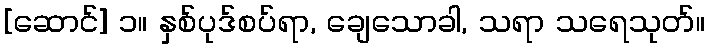
[ဆောင်] ၁။ နှစ်ပုဒ်စပ်ရာ, ချေသောခါ, သရာ သရေသုတ်။